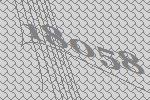
18058